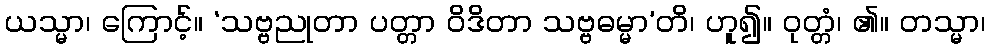
ယသ္မာ၊ ကြောင့်။ ‘သဗ္ဗညုတာ ပတ္တာ ဝိဒိတာ သဗ္ဗဓမ္မာ’တိ၊ ဟူ၍။ ဝုတ္တံ၊ ၏။ တသ္မာ၊